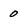
Character: 0